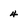
Character: 4